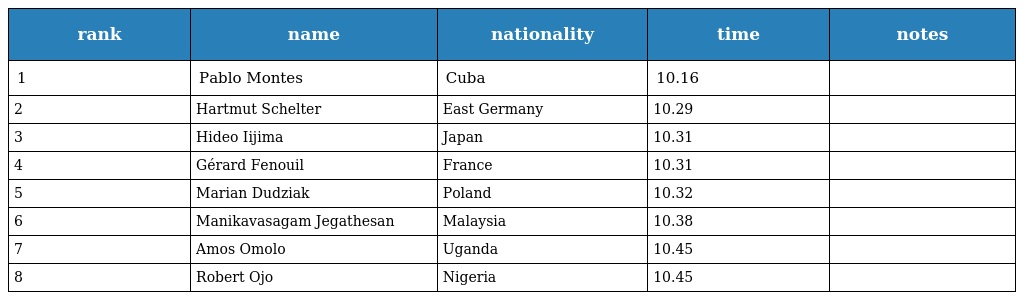
| rank | name | nationality | time | notes |
 | --- | --- | --- | --- | --- |
 | 1 | Pablo Montes | Cuba | 10.16 |  |
 | 2 | Hartmut Schelter | East Germany | 10.29 |  |
 | 3 | Hideo Iijima | Japan | 10.31 |  |
 | 4 | Gérard Fenouil | France | 10.31 |  |
 | 5 | Marian Dudziak | Poland | 10.32 |  |
 | 6 | Manikavasagam Jegathesan | Malaysia | 10.38 |  |
 | 7 | Amos Omolo | Uganda | 10.45 |  |
 | 8 | Robert Ojo | Nigeria | 10.45 |  |